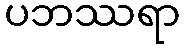
ပဘဿရာ